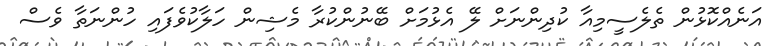
އަނެއްކޮޅުން ތެލެސީމިއާ ކުދިންނަށް ލޭ އެޅުމަށް ބޭނުންކުރާ މެޝިން ހަލާކުވެފައި ހުންނަތާ ވެސް